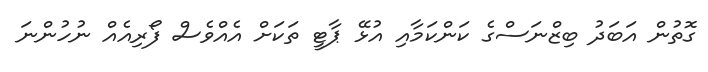
ގޮތުން އަބަދު ބިޒްނަސްގެ ކަންކަމާއި އުޅޭ ޕާޓީ ތަކަށް އެއްވެސް ފޯރިއެއް ނުހުންނަ